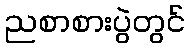
ညစာစားပွဲတွင်